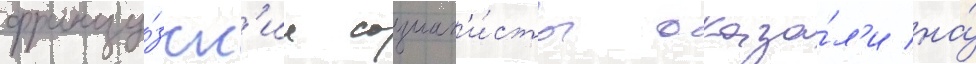
францу́зск'ие социал'и́сты оказа́л'и на́